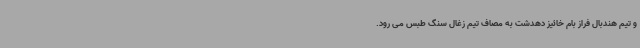
و تیم هندبال فراز بام خائیز دهدشت به مصاف تیم زغال سنگ طبس می رود.